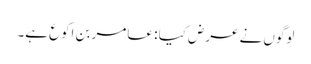
لوگوں نے عرض کیا : عامر بن اکوع ہے۔